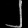
Digit: ၂